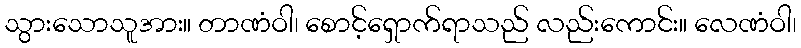
သွားသောသူအား။ တာဏံဝါ၊ စောင့်ရှောက်ရာသည် လည်းကောင်း။ လေဏံဝါ၊